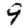
Digit: 9